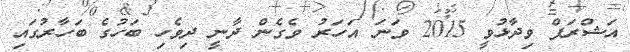
އަޝްރަފް ވިދާޅުވީ 2015 ވަނަ އަހަރު ވެގެން ދާނީ ދިވެހި ބަހުގެ ބަހާރުގައި